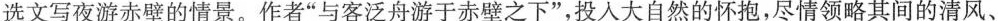
选文写夜游赤壁的情景。作者”与客泛舟游于赤壁之下”，投人大自然的怀抱，尽情领略其间的清风、